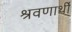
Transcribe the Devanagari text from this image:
श्रवणार्थी